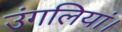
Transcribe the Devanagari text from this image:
उंगलियां।